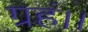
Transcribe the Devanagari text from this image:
ग्रहं।।